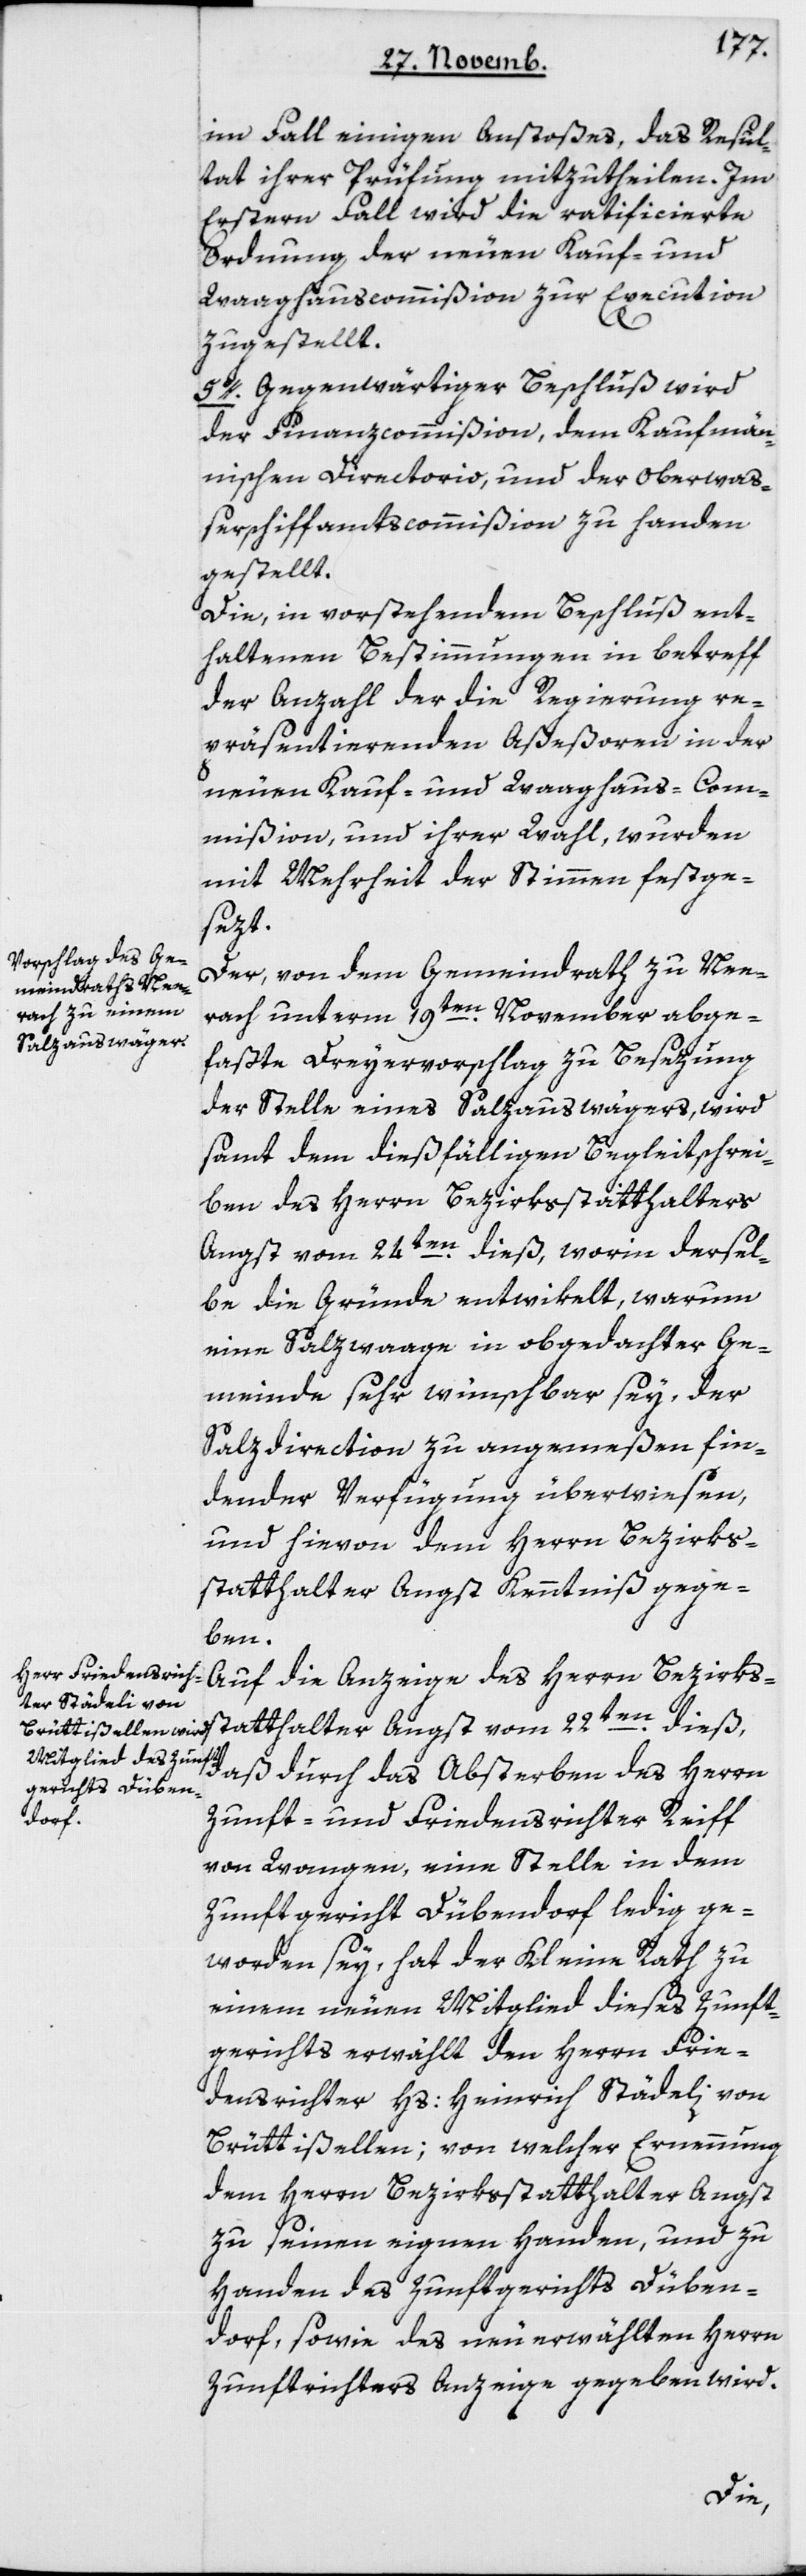
im Fall einigen Anstoßes, das Resul¬
tat ihrer Prüfung mitzutheilen. Im
Erstern Fall wird die ratificierte
Ordnung der neuen Kauf- und
Waaghaus-Commißion zur Execution
zugestellt.
5o. Gegenwärtiger Beschluß wird
der Finanzcommißion, dem kaufmän¬
nischen Directorio und der Oberwaß¬
erschiffamts-Commißion zu Handen
gestellt.
Die in vorstehendem Beschluß ent¬
haltenen Bestimmungen in Betreff
der Anzahl der die Regierung re¬
präsentierenden Aßeßoren in der
neuen Kauf- und Waaghaus-Com¬
mißion, und ihrer Wahl, wurden
mit Mehrheit der Stimmen festge¬
sezt.
Der von dem Gemeindrath zu Nee¬
rach unterm 19ten November abge¬
faßte Dreyervorschlag zu Besezung
der Stelle eines Salzauswägers, wird
samt dem dießfälligen Begleitschrei¬
ben des Herrn Bezirksstatthalters
Angst vom 24ten dieß, worinn dersel¬
be die Gründe entwikelt, warum
eine Salzwaage in obgedachter Ge¬
meinde sehr wünschbar sey, der
Salzdirection zu angemeßen fin¬
dender Verfügung überwiesen,
und hievon dem Herrn Bezirks¬
statthalter Angst Kenntniß gege¬
ben.
daß durch das Absterben des Herrn
Zunft- und Friedensrichter Reiff
von Wangen, eine Stelle in dem
Zunftgericht Dübendorf ledig ge¬
worden sey, hat der Kleine Rath zu
einem neuen Mitglied dieses Zunft¬
gerichts erwählt den Herrn Frie¬
densrichter Hs. Heinrich Städeli von
Brüttisellen; von welcher Ernennung
dem Herrn Bezirksstatthalter Angst
zu seinen eignen Handen, und zu
Handen des Zunftgerichts Düben¬
dorf, sowie des neu erwählten Herrn
Zunftrichters Anzeige gegeben wird.
dieß,